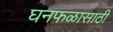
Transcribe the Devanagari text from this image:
घनफळासाठी